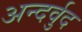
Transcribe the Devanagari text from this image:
अन्दर्वुद